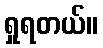
ရှုရတယ်။